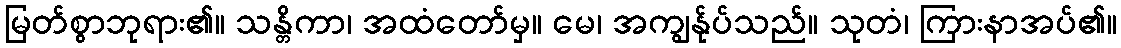
မြတ်စွာဘုရား၏။ သန္တိကာ၊ အထံတော်မှ။ မေ၊ အကျွန်ုပ်သည်။ သုတံ၊ ကြားနာအပ်၏။